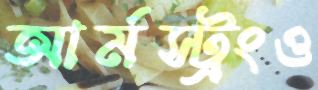
আর্মস্ট্রংও